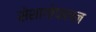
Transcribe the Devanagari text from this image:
सेशागोपालन